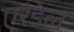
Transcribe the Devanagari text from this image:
एरंडेल